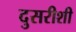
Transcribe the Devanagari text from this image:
दुसरीशी